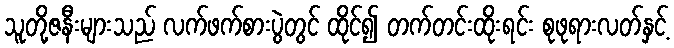
သူတို့ဇနီးများသည် လက်ဖက်စားပွဲတွင် ထိုင်၍ တက်တင်းထိုးရင်း စုဖုရားလတ်နှင့်